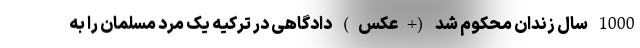
1000 سال زندان محکوم شد (+عکس) دادگاهی در ترکیه یک مرد مسلمان را به